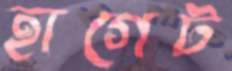
হাগেট